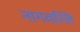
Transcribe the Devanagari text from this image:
नागवल्लि